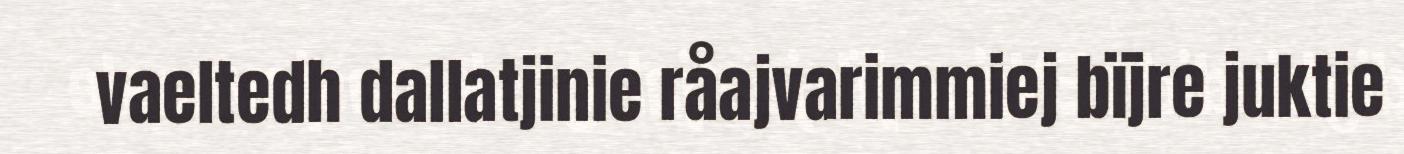
vaeltedh dallatjinie råajvarimmiej bïjre juktie